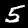
Label: 5